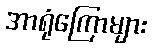
အာရုံကြောများ